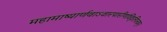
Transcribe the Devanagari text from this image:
महामाष्यार्णवाऽवारपारीणंविवृतिप्लवम्।